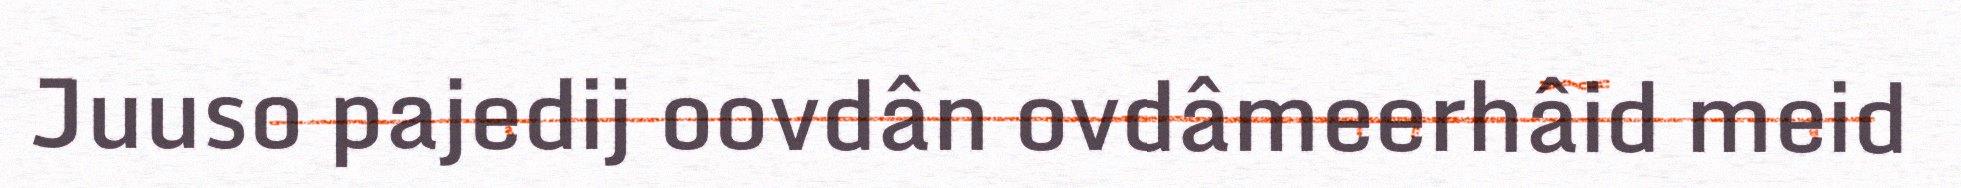
Juuso pajedij oovdân ovdâmeerhâid meid